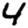
Digit: 4